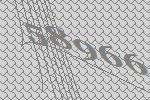
58966